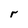
Character: r